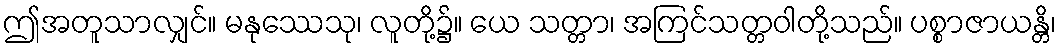
ဤအတူသာလျှင်။ မနုဿေသု၊ လူတို့၌။ ယေ သတ္တာ၊ အကြင်သတ္တဝါတို့သည်။ ပစ္စာဇာယန္တိ၊